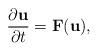
LaTeX: \begin{align*} \frac{\partial\textbf{u}}{\partial t}=\textbf{F}(\textbf{u}),\end{align*}